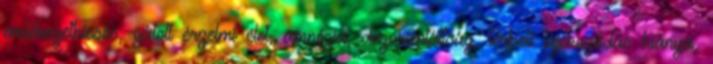
emlékezetkiesés, gátolt érzelmi élet, amnézia, dezorientáltság, térbeli tájékozódás hiánya,